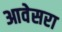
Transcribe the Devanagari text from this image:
आवेसरा